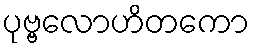
ပုဗ္ဗလောဟိတကော